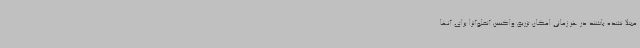
مبتلا نشده باشند در هر زمانی امکان تزریق واکسن آنفلوآنزا برای آنها